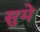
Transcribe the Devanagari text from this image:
सुमे